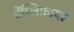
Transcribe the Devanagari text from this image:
ऐंप्लिफ़ायर